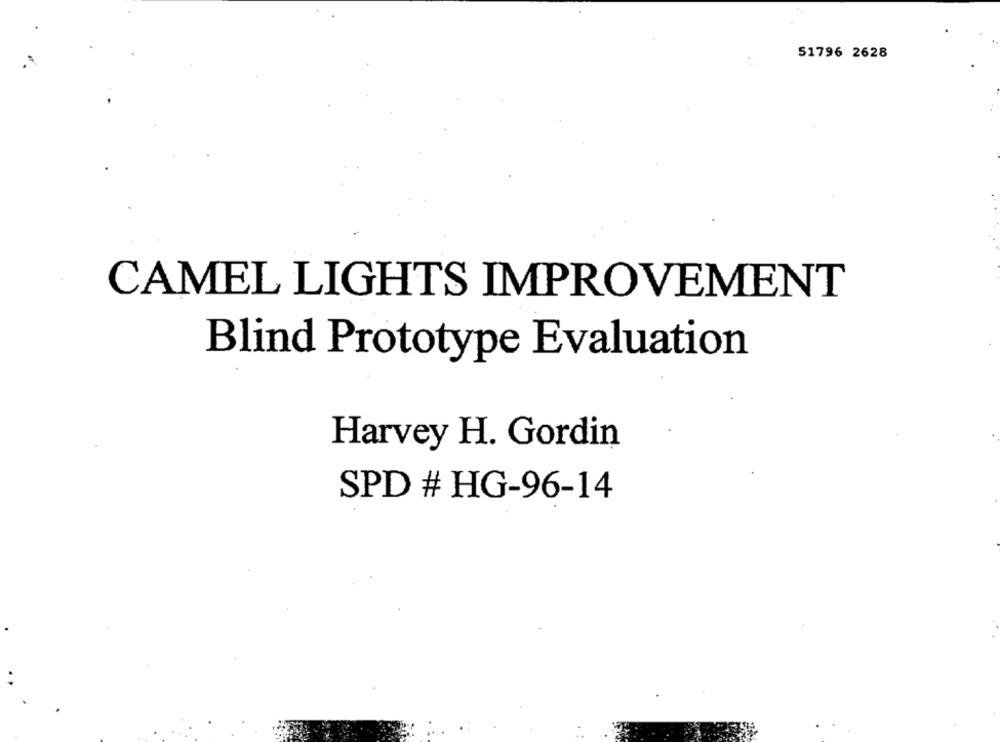
51796 2628
CAMEL LIGHTS IMPROVEMENT
Blind Prototype Evaluation
Harvey H. Gordin
SPD # HG-96-14